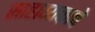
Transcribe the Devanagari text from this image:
साहाय्यकाचे